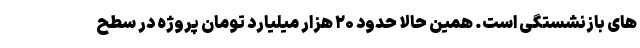
های بازنشستگی است. همین حالا حدود ۲۰ هزار میلیارد تومان پروژه در سطح